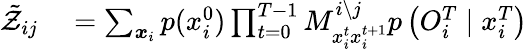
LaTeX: \begin{array}{rl}{\tilde{\mathcal{Z}}_{ij}}&{{}=\sum_{\boldsymbol{x}_{i}}p(x_{i}^{0})\prod_{t=0}^{T-1}M_{x_{i}^{t}x_{i}^{t+1}}^{i\setminus j}p\left(O_{i}^{T}\mid x_{i}^{T}\right)}\end{array}